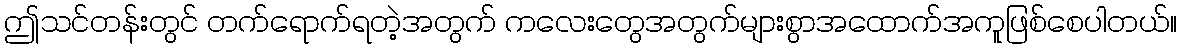
ဤသင်တန်းတွင် တက်ရောက်ရတဲ့အတွက် ကလေးတွေအတွက်များစွာအထောက်အကူဖြစ်စေပါတယ်။